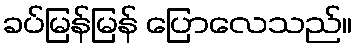
ခပ်မြန်မြန် ပြောလေသည်။